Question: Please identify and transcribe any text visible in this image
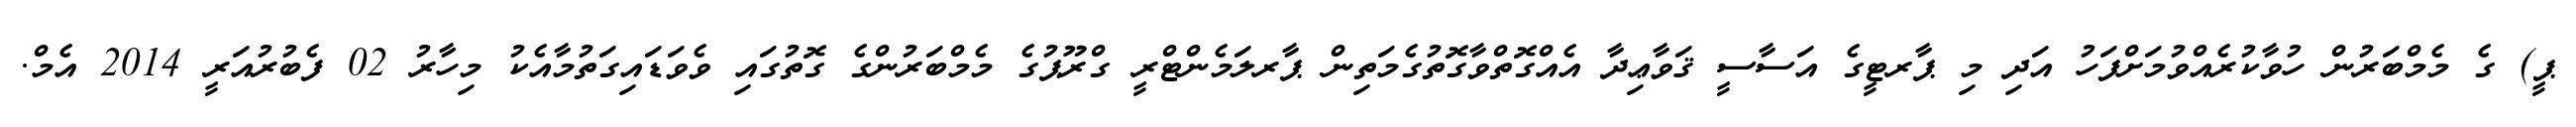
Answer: ޕީ) ގެ މެމްބަރުން ހުވާކުރެއްވުމަށްފަހު އަދި މި ޕާރޓީގެ އަސާސީ ޤަވާޢިދާ އެއްގޮތްވާގޮތުގެމަތިން ޕާރލަމެންޓްރީ ގްރޫޕުގެ މެމްބަރުންގެ ގޮތުގައި ވެވަޑައިގަތުމާއެކު މިހާރު 02 ފެބުރުއަރީ 2014 އެމް.